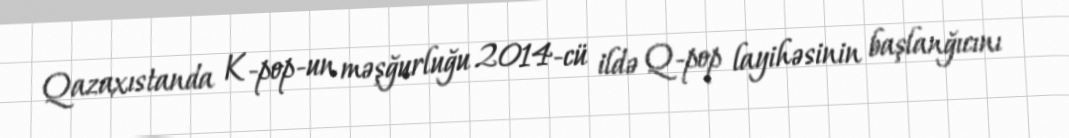
Qazaxıstanda K-pop-un məşğurluğu 2014-cü ildə Q-pop layihəsinin başlanğıcını